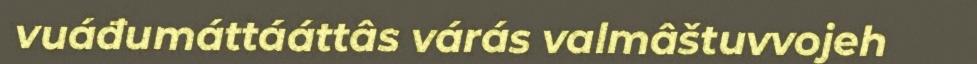
vuáđumáttááttâs várás valmâštuvvojeh